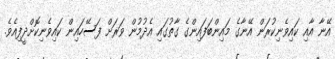
އޭނާ އާއި ކައިވެނިކުރަން އޭނާގެ މައިންބަފައިންގެ ގާތުގައި އެދުމުން ވަރަށް ފަސޭހައިން ކައިވެނިކޮށްދީފިއެވެ.